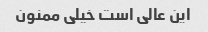
این عالی است خیلی ممنون